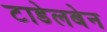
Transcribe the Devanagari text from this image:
टाडेलबेन